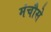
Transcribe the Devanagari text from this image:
मंचौसे